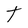
Character: t